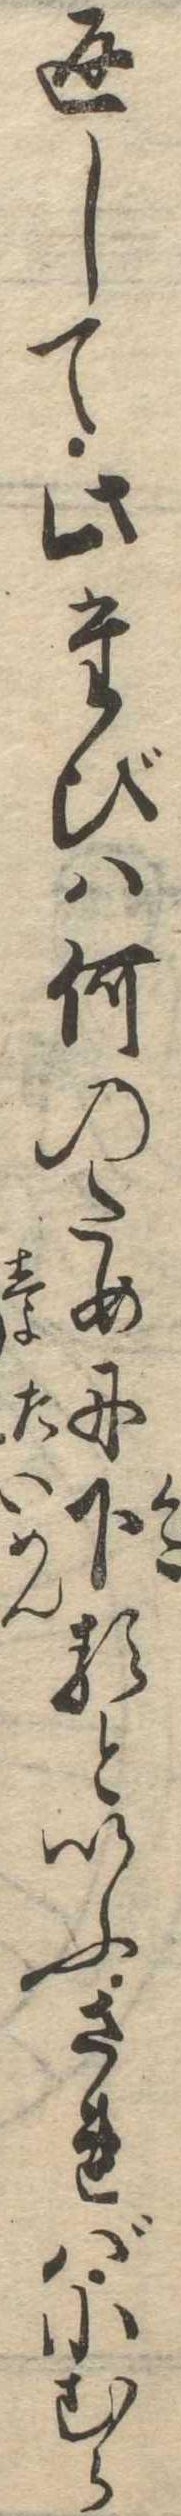
返して此たびは何のために下るといふされば小むら